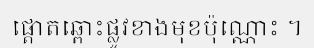
ផ្តោតឆ្ពោះផ្លូវខាងមុខប៉ុណ្ណោះ ។